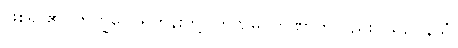
ဖြစ်ရာ၏။ ဘိက္ခဝေ၊ ရဟန်းတို့။ တဏှမ္ပိ၊ တဏှာကိုလည်း။ သဥပနိသံ၊